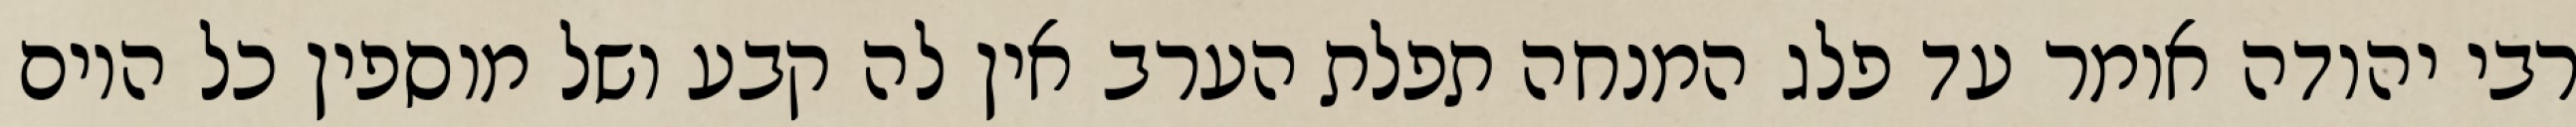
רבי יהודה אומר עד פלג המנחה תפלת הערב אין לה קבע ושל מוספין כל היום